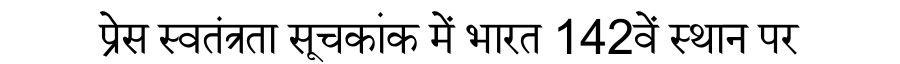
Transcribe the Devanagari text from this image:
प्रेस स्वतंत्रता सूचकांक में भारत 142वें स्थान पर